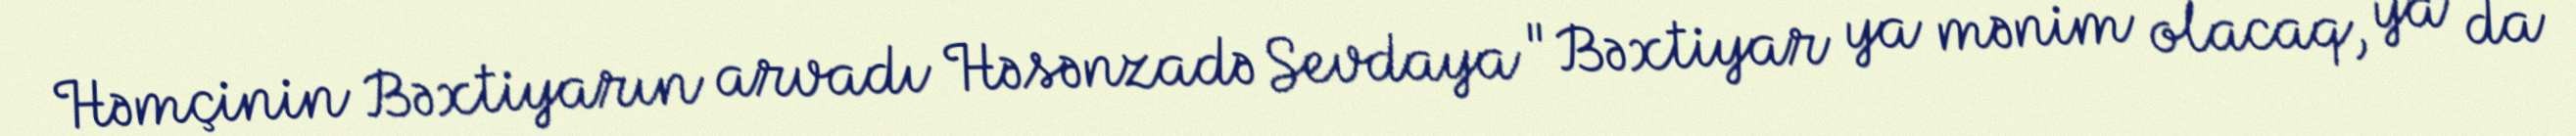
Həmçinin Bəxtiyarın arvadı Həsənzadə Sevdaya "Bəxtiyar ya mənim olacaq, ya da